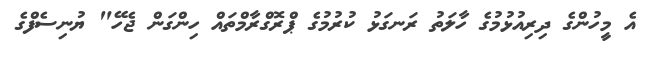
އެ މީހުންގެ ދިރިއުޅުމުގެ ހާލަތު ރަނގަޅު ކުރުމުގެ ޕްރޮގްރާމްތައް ހިންގަން ޖެހޭ" ޔުނިސެފްގެ